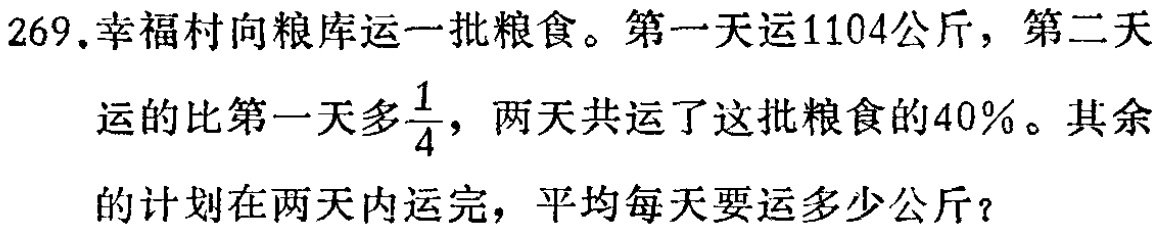
269.幸福村向粮库运一批粮食。第一天运1104公斤，第二天

运的比第一天多$\frac{1}{4}$，两天共运了这批粮食的40%。其余

的计划在两天内运完，平均每天要运多少公斤？